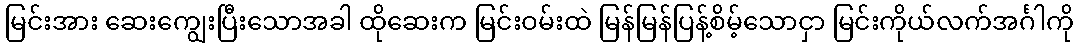
မြင်းအား ဆေးကျွေးပြီးသောအခါ ထိုဆေးက မြင်းဝမ်းထဲ မြန်မြန်ပြန့်စိမ့်သောငှာ မြင်းကိုယ်လက်အင်္ဂါကို